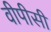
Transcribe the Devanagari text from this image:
वीपीसी